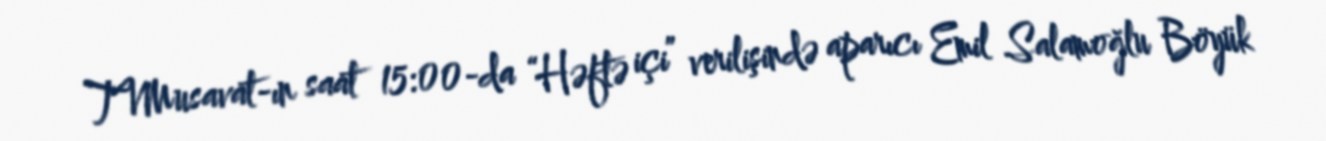
TVMusavat-ın saat 15:00-da “Həftə içi” verilişində aparıcı Emil Salamoğlu Böyük